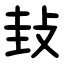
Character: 㪈